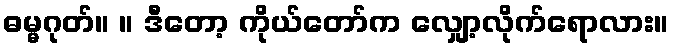
ဓမ္မဂုတ်။ ။ ဒီတော့ ကိုယ်တော်က လျှော့လိုက်ရောလား။